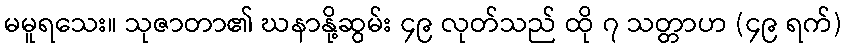
မမူရသေး။ သုဇာတာ၏ ဃနာနို့ဆွမ်း ၄၉ လုတ်သည် ထို ၇ သတ္တာဟ (၄၉ ရက်)